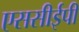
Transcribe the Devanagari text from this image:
एससीईपी